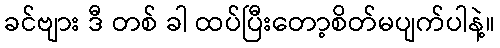
ခင်ဗျား ဒီ တစ် ခါ ထပ်ပြီးတော့စိတ်မပျက်ပါနဲ့။